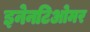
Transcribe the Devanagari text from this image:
इनेनटिओमर